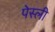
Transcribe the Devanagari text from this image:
पेस्ली